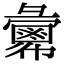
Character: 𢑷